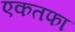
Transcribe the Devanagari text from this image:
एकतफा